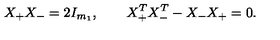
X _ { + } X _ { - } = 2 I _ { m _ { 1 } } , \qquad X _ { + } ^ { T } X _ { - } ^ { T } - X _ { - } X _ { + } = 0 .